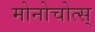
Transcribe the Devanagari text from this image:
मोनोचोत्स्